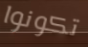
تكونوا